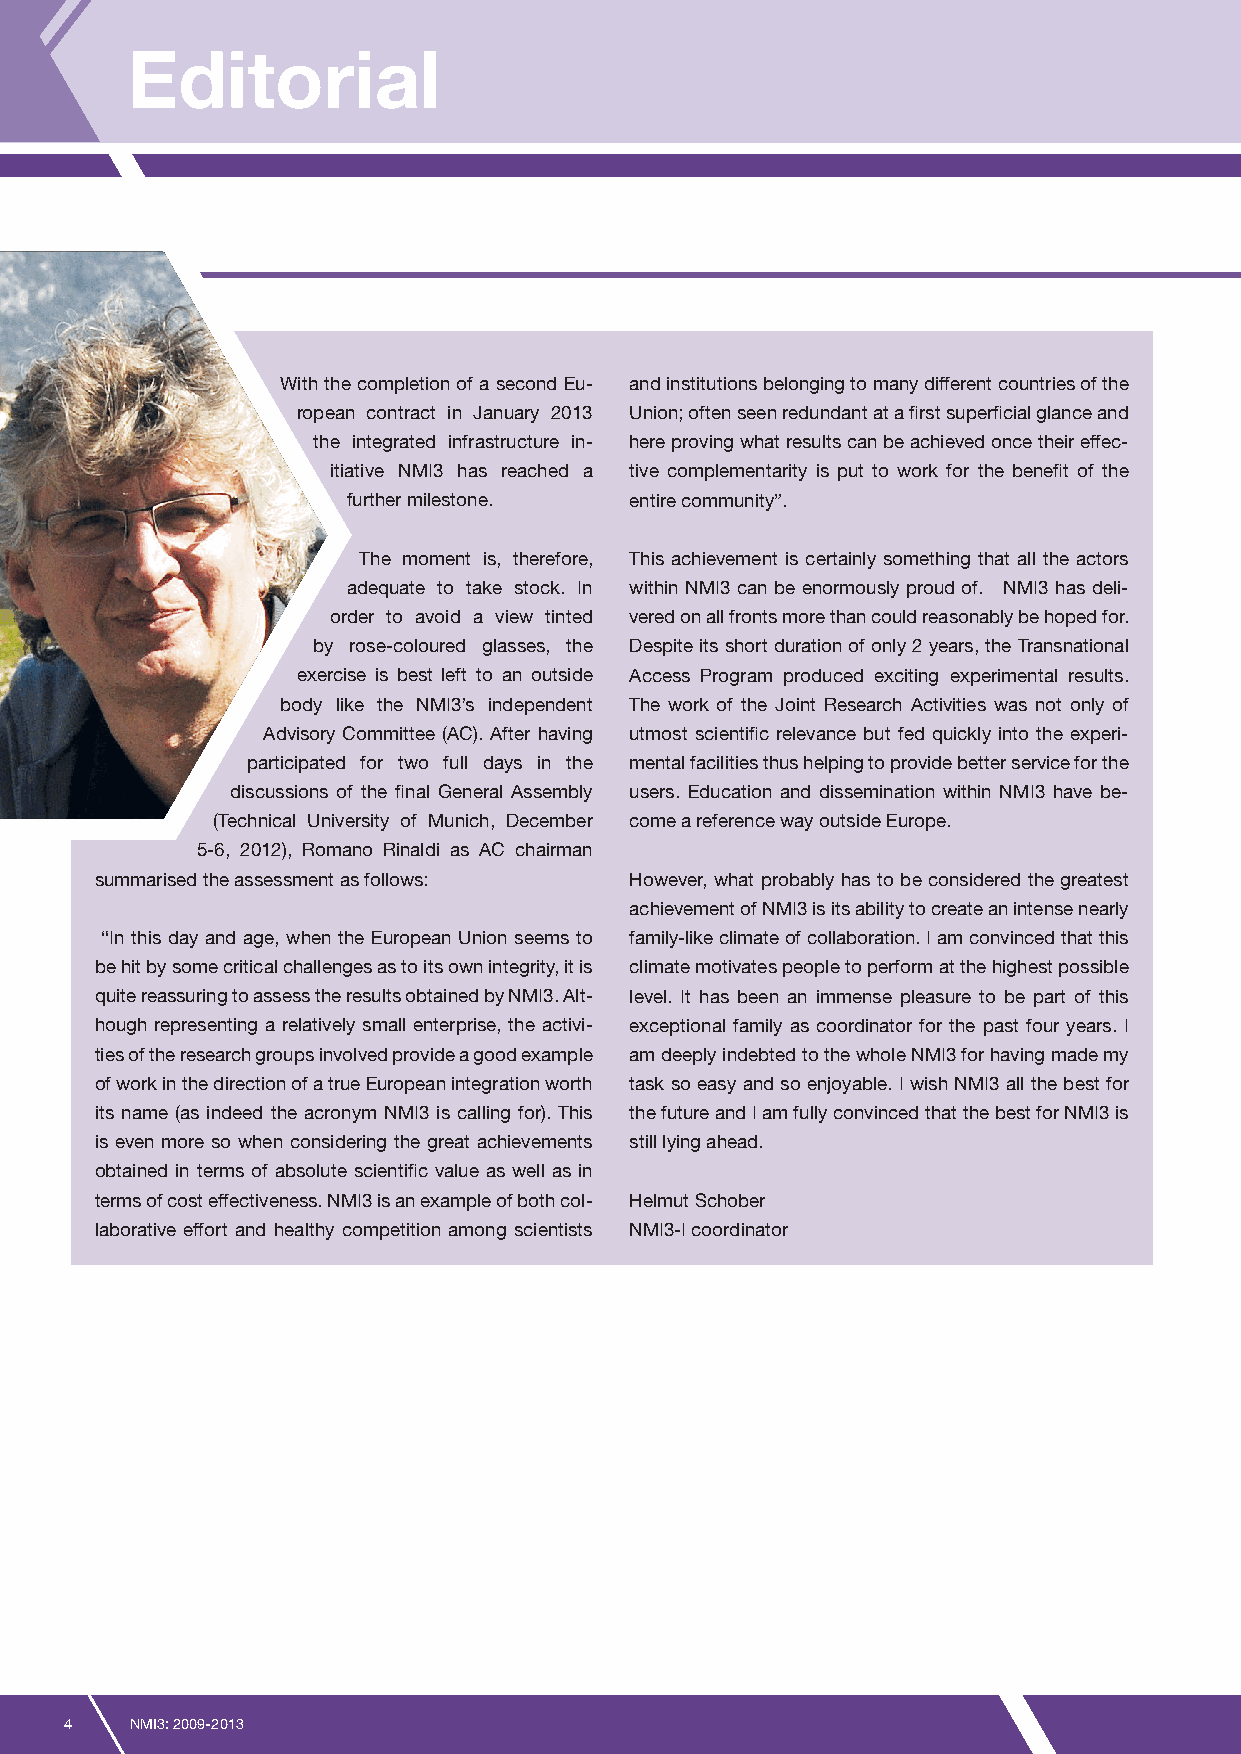
Editorial
 With the completion of a second Eu- and institutions belonging to many different countries of the
 ropean contract in January 2013 Union; often seen redundant at a first superficial glance and
 the integrated infrastructure in- here proving what results can be achieved once their effec-
 itiative NMI3 has reached a tive complementarity is put to work for the benefit of the
 further milestone. entire community”.
 The moment is, therefore, This achievement is certainly something that all the actors
 adequate to take stock. In within NMI3 can be enormously proud of. NMI3 has deli-
 order to avoid a view tinted vered on all fronts more than could reasonably be hoped for.
 by rose-coloured glasses, the Despite its short duration of only 2 years, the Transnational
 exercise is best left to an outside Access Program produced exciting experimental results.
 body like the NMI3’s independent The work of the Joint Research Activities was not only of
 Advisory Committee (AC). After having utmost scientific relevance but fed quickly into the experi-
 participated for two full days in the mental facilities thus helping to provide better service for the
 discussions of the final General Assembly users. Education and dissemination within NMI3 have be-
 (Technical University of Munich, December come a reference way outside Europe.
 5-6, 2012), Romano Rinaldi as AC chairman
 summarised the assessment as follows: However, what probably has to be considered the greatest
 achievement of NMI3 is its ability to create an intense nearly
 “In this day and age, when the European Union seems to family-like climate of collaboration. I am convinced that this
 be hit by some critical challenges as to its own integrity, it is climate motivates people to perform at the highest possible
 quite reassuring to assess the results obtained by NMI3. Alt- level. It has been an immense pleasure to be part of this
 hough representing a relatively small enterprise, the activi- exceptional family as coordinator for the past four years. I
 ties of the research groups involved provide a good example am deeply indebted to the whole NMI3 for having made my
 of work in the direction of a true European integration worth task so easy and so enjoyable. I wish NMI3 all the best for
 its name (as indeed the acronym NMI3 is calling for). This the future and I am fully convinced that the best for NMI3 is
 is even more so when considering the great achievements still lying ahead.
 obtained in terms of absolute scientific value as well as in
 terms of cost effectiveness. NMI3 is an example of both col- Helmut Schober
 laborative effort and healthy competition among scientists NMI3-I coordinator
 4    NMI3: 2009-2013